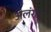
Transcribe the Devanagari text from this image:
अलंगद